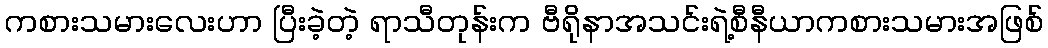
ကစားသမားလေးဟာ ပြီးခဲ့တဲ့ ရာသီတုန်းက ဗီရိုနာအသင်းရဲ့စီနီယာကစားသမားအဖြစ်